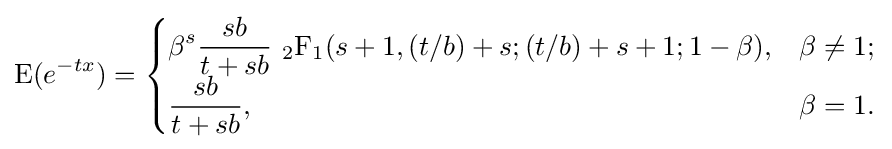
{\begin{aligned}{\text{E}}(e^{-tx})={\begin{cases}\displaystyle \beta ^{s}{\frac {sb}{t+sb}}{\ }{_{2}{\text{F}}_{1}}(s+1,(t/b)+s;(t/b)+s+1;1-\beta ),&\beta \neq 1;\\\displaystyle {\frac {sb}{t+sb}},&\beta =1.\end{cases}}\end{aligned}}